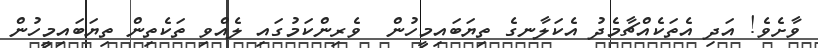
ވާށެވެ! އަދި އެތަކެއްޗާމެދު އެކަލާނގެ ތިޔަބައިމީހުން  ވެރިންކަމުގައި ލެއްވި ތަކެތިން ތިޔަބައިމީހުން